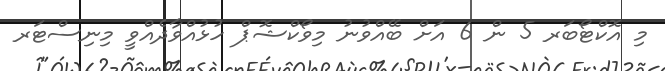
މި އޮކްޓޯބަރ 5 ން 6 އަށް ބޭއްވުނު މިވޯކްޝޮޕް ހުޅުއްވާދެއްވީ މިނިސްޓަރ